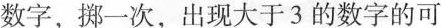
数字，搠一次，出现大于3的数字的可